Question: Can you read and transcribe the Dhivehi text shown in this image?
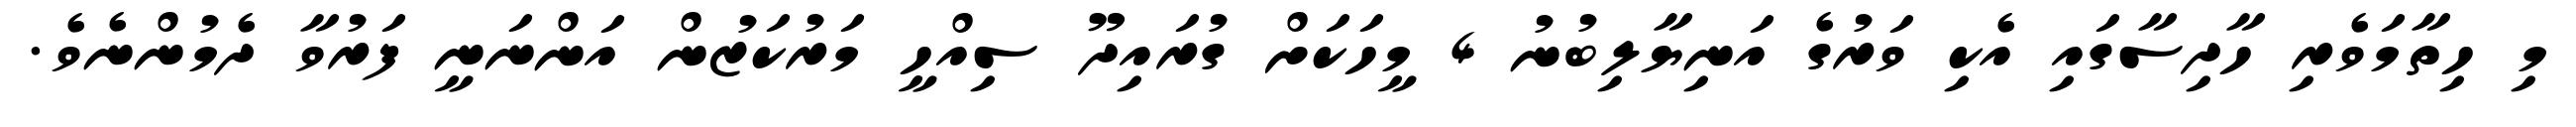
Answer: މި ހިތާމަވެރި ހާދިސާގައި އެކި ވަރުގެ އަނިޔާލިބުނު 4 މީހަކަށް ގުރައިދޫ ސިއްހީ މަރުކަޒުން އަންނަނީ ފަރުވާ ދެމުންނެވެ.